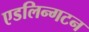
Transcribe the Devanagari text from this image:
एडलिन्गटन